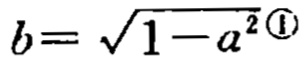
\(b = \sqrt{1 - a^{2\textcircled{1}}}\)